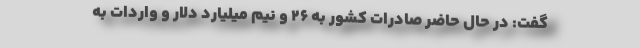
گفت: در حال حاضر صادرات کشور به ۲۶ و نیم میلیارد دلار و واردات به